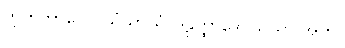
ဘူတဘာဝေ ပသံသာယံ၊ ဒဠှတ္ထာဒေါ သိယာ အတိ။